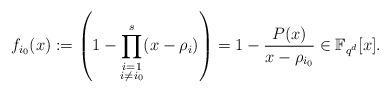
LaTeX: \begin{align*}f_{i_0}(x):=\left(1- \prod_{\substack{i=1 \\ i\neq i_0}}^{s} (x-\rho_i)\right)=1-\frac{P(x)}{x-\rho_{i_0}} \in \mathbb{F}_{q^d}[x].\end{align*}